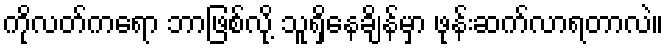
ကိုလတ်ကရော ဘာဖြစ်လို့ သူရှိနေချိန်မှာ ဖုန်းဆက်လာရတာလဲ။